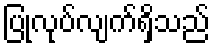
ပြုလုပ်လျက်ရှိသည်